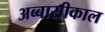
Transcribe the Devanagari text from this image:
अब्बासीकाल